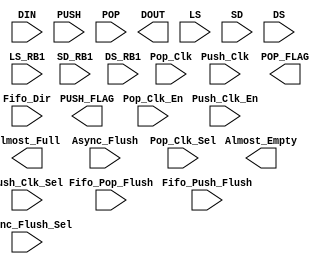
module FIFO(DIN,PUSH,POP,Fifo_Push_Flush,Fifo_Pop_Flush,Push_Clk,Pop_Clk,Push_Clk_En,Pop_Clk_En,PUSH_FLAG, POP_FLAG,Almost_Full,Almost_Empty,DOUT, Fifo_Dir, Async_Flush,Push_Clk_Sel,Pop_Clk_Sel, Async_Flush_Sel, LS, SD, DS, LS_RB1, SD_RB1, DS_RB1);

parameter wr_depth_int = 256,
	  rd_depth_int = 128,
	  wr_width_int = 9,
	  rd_width_int = 18,
	  reg_rd_int   = 0,
	  sync_fifo_int = 1;
	  
output [rd_width_int-1 :0] DOUT;
output [3:0] PUSH_FLAG,POP_FLAG;
output Almost_Full,Almost_Empty;
input PUSH,POP;
input Fifo_Push_Flush,Fifo_Pop_Flush;
input Pop_Clk /* synthesis syn_isclock = 1 */;
input Push_Clk/* synthesis syn_isclock = 1 */; 
input Pop_Clk_En,Push_Clk_En;
input [wr_width_int-1:0] DIN;
input Fifo_Dir, Async_Flush, Async_Flush_Sel;
input Pop_Clk_Sel,Push_Clk_Sel;
input LS, SD, DS, LS_RB1, SD_RB1, DS_RB1;

wire VCC,GND;
wire [1:0] WS1;
wire [1:0] WS2;
wire [10 :0] addr_wr,addr_rd;
wire [35:0] in_reg;
wire reg_rd,sync_fifo;
wire [35:0] out_reg;
wire clk1_sig, clk2_sig, clk1_sig_en, clk2_sig_en, fifo_clk1_flush_sig, fifo_clk2_flush_sig, p1_sig, p2_sig,clk1_sig_sel,clk2_sig_sel;

//parameter depth_level1 = 256;
//parameter depth_level2 = 512;
//parameter depth_level3 = 1024;

parameter depth_level1 = 512;
parameter depth_level2 = 1024;
parameter depth_level3 = 2048;


parameter mod2 =(wr_width_int)%2;
parameter mod4 =(wr_width_int)%4;

parameter zero_36_2= (36-wr_width_int) / 2;
parameter zero_36_2_odd=(36-wr_width_int+1)/2;
parameter zero_18_2_odd= (18-wr_width_int+1)/2;
parameter zero_36_4_1=(36-wr_width_int+1)/4;
parameter zero_36_4_2=(36-wr_width_int+2)/4;
parameter zero_36_4_3=(36-wr_width_int+3)/4;
parameter zero_36_4 = (36- wr_width_int) /4 ;
parameter zero_18_2=(18-wr_width_int)/2;
parameter by_2 = (wr_width_int)/2;
parameter by_4 = (wr_width_int)/4;
parameter by_4_2= (wr_width_int/4)*2;
parameter by_4_3=(wr_width_int/4)*3;
parameter zero_18_2_rg = 18-wr_width_int;
parameter zero_9_2_rg = 9-wr_width_int;
parameter by_2_read= (rd_width_int)/2;
parameter by_4_read = (rd_width_int)/4;
parameter by_4_readx2=(rd_width_int/4)*2;
parameter by_4_readx3=(rd_width_int/4)*3;

assign VCC = 1'b1;
assign GND = 1'b0;
assign reg_rd = reg_rd_int;
assign sync_fifo = sync_fifo_int;

generate
begin
	assign addr_wr=10'b0000000000;
	assign addr_rd=10'b0000000000;
end
endgenerate

assign clk1_sig = Fifo_Dir ? Pop_Clk : Push_Clk;
assign clk2_sig = Fifo_Dir ? Push_Clk : Pop_Clk ;
assign clk1_sig_en = Fifo_Dir ? Pop_Clk_En : Push_Clk_En;
assign clk2_sig_en = Fifo_Dir ? Push_Clk_En : Pop_Clk_En ;
assign clk1_sig_sel =  Push_Clk_Sel;
assign clk2_sig_sel=  Pop_Clk_Sel ;
assign fifo_clk1_flush_sig = Fifo_Dir ? Fifo_Pop_Flush : Fifo_Push_Flush;
assign fifo_clk2_flush_sig = Fifo_Dir ? Fifo_Push_Flush : Fifo_Pop_Flush ;
assign p1_sig = Fifo_Dir ? POP : PUSH;
assign p2_sig = Fifo_Dir ? PUSH : POP ;

generate 
//Generating data
if(wr_width_int == 1)
	begin
	assign in_reg[35:wr_width_int]=0;
	assign in_reg[0]= DIN[0]; 
	end 
else if (wr_width_int ==36 || wr_width_int == 18 || wr_width_int ==9)
	assign in_reg[wr_width_int-1:0]=DIN;
else if(wr_width_int ==35 || (wr_width_int ==17 && wr_depth_int ==depth_level2) ||(wr_width_int==17 && wr_depth_int ==depth_level1 && rd_depth_int != depth_level3) || (wr_width_int==8&&wr_depth_int==depth_level3) || (wr_width_int ==8 && wr_depth_int ==depth_level2 && rd_depth_int != depth_level3))
	begin
	assign in_reg[wr_width_int:wr_width_int]=0;				 
	assign in_reg[wr_width_int-1 :0]=DIN;
	end
else if(wr_width_int == rd_width_int)
begin
	assign in_reg[35:wr_width_int]=0;
	assign in_reg[wr_width_int -1 :0]=DIN;
end
else if(wr_width_int ==34 && rd_depth_int ==depth_level3 ) 
	begin
	assign in_reg[35]=0;
	assign in_reg[26]=0;
	assign in_reg[34:27]=DIN[33:26];
	assign in_reg[25:18]=DIN[25:18];
	assign in_reg[17:0]=DIN[17:0];
	end
else if(wr_width_int ==33 && rd_depth_int ==depth_level3 )
	begin
	assign in_reg[35]=0;
	assign in_reg[26]=0;
	assign in_reg[17]=0;
	assign in_reg[34:27]=DIN[33:26];
	assign in_reg[25:18]=DIN[25:18];
	assign in_reg[16:0]=DIN[17:0];
	end
else if(wr_depth_int == depth_level1)
	begin
		if(rd_depth_int == depth_level2)
		begin
			if(wr_width_int > 18)
			begin
				if(mod2 ==0)
        			begin
				assign in_reg[17 : 18-zero_36_2]=0;
				assign in_reg[35 :  36-zero_36_2]=0  ;            
                        	assign in_reg[18-zero_36_2-1:0]=DIN[by_2-1:0] ;
                        	assign in_reg[36-zero_36_2-1:18]= DIN[wr_width_int-1:by_2];
                        	end
				else
				begin
				assign in_reg[35:36-zero_36_2_odd]=0;
				assign in_reg[17:18-zero_36_2_odd+1]=0;
				assign in_reg[36-zero_36_2_odd-1:18]=DIN[wr_width_int-1:by_2+1];
				assign in_reg[18-zero_36_2_odd:0]=DIN[by_2:0];
				end
			end
			else
				begin
				if(mod2==0)
				begin
				assign in_reg[8:9-zero_18_2]=0;
				assign in_reg[17: 18-zero_18_2]=0;
				assign in_reg[9-zero_18_2-1:0]=DIN[ by_2-1:0];
				assign in_reg[18-zero_18_2:9]=DIN[wr_width_int-1:by_2];
				end
				else
				begin
				assign in_reg[17:18-zero_18_2_odd]=0;
				assign in_reg[8:9-zero_18_2_odd+1]=0;
				assign in_reg[18-zero_18_2_odd-1:9]=DIN[wr_width_int-1:by_2+1];
				assign in_reg[9-zero_18_2_odd:0]=DIN[by_2:0];
				end
			end
			
		end
		else if(rd_depth_int == depth_level3 )
		begin
			if(mod4 == 0)
			begin
			assign in_reg[35:36-zero_36_4] = 0;
			assign in_reg[26:27- zero_36_4]=0;
			assign in_reg[17:18-zero_36_4]=0;
			assign in_reg[8:9-zero_36_4]=0;
			assign in_reg[36-zero_36_4-1:27]=DIN[wr_width_int-1:by_4_3];
			assign in_reg[27-zero_36_4-1:18]= DIN[by_4_3-1:by_4_2];
			assign in_reg[18-zero_36_4-1:9]=DIN[by_4_2-1:by_4];
			assign in_reg[9-zero_36_4-1:0]=DIN[by_4-1:0];
			end
			else if (mod4==1)
			begin
			assign in_reg[35:36-zero_36_4_3]=0;
			assign in_reg[26:27-zero_36_4_3]=0;
			assign in_reg[17:18-zero_36_4_3]=0;
			assign in_reg[8:9-zero_36_4_3+1]=0;
			assign in_reg[36-zero_36_4_3-1:27]=DIN[wr_width_int-1:by_4_3+1];
			assign in_reg[27-zero_36_4_3-1:18]=DIN[by_4_3:by_4_2+1];
			assign in_reg[18-zero_36_4_3-1:9]=DIN[by_4_2:by_4+1];
			assign in_reg[9-zero_36_4_3:0]=DIN[by_4:0];
			end
			else if (mod4==2)
			begin
			assign in_reg[35:36-zero_36_4_2]=0;
			assign in_reg[26:27-zero_36_4_2]=0;
			assign in_reg[17:18-zero_36_4_2+1]=0;
			assign in_reg[8:9-zero_36_4_2+1]=0;
			assign in_reg[36-zero_36_4_2-1:27]=DIN[wr_width_int-1:by_4_3+2];
			assign in_reg[27-zero_36_4_2-1:18]=DIN[by_4_3+1:by_4_2+2];
			assign in_reg[18-zero_36_4_2:9]=DIN[by_4_2+1:by_4+1];
			assign in_reg[9-zero_36_4_2:0]=DIN[by_4:0];
			end
			else if (mod4==3)
			begin
			assign in_reg[35:36-zero_36_4_1-1]=0;
			assign in_reg[26:27-zero_36_4_1]=0;
			assign in_reg[17:18-zero_36_4_1]=0;
			assign in_reg[8:9-zero_36_4_1]=0;
			assign in_reg[36-zero_36_4_1-2:27]=DIN[wr_width_int-1:by_4_3+3];
			assign in_reg[27-zero_36_4_1-1:18]=DIN[by_4_3+2:by_4_2+2];
			assign in_reg[18-zero_36_4_1-1:9]=DIN[by_4_2+1:by_4+1];
			assign in_reg[9-zero_36_4_1-1:0]=DIN[by_4:0];
			end
		end

	end
else if(wr_depth_int == depth_level2)
begin
	if(rd_depth_int == depth_level3)
		begin
		if(mod2==0)
		begin
		assign in_reg[8:9-zero_18_2]=0;
		assign in_reg[17: 18-zero_18_2]=0;
		assign in_reg[9-zero_18_2-1:0]=DIN[ by_2-1:0];
		assign in_reg[18-zero_18_2:9]=DIN[wr_width_int-1:by_2];
		end
		else
		begin
		assign in_reg[17:18-zero_18_2_odd]=0;
		assign in_reg[8:9-zero_18_2_odd+1]=0;
		assign in_reg[18-zero_18_2_odd-1:9]=DIN[wr_width_int-1:by_2+1];
		assign in_reg[9-zero_18_2_odd:0]=DIN[by_2:0];
		end
	end
	else
	begin
	assign in_reg[35:wr_width_int]=0;
	assign in_reg[wr_width_int-1:0]=DIN;
	end
	
end
else
		
	begin 

	assign in_reg[35:wr_width_int]=0;
	assign in_reg[wr_width_int-1:0]=DIN;	
	end	
if(rd_depth_int == depth_level3 && wr_depth_int == depth_level1)
	assign WS1 =2'b10;
else if(rd_depth_int == depth_level3 && wr_depth_int == depth_level2)
	assign WS1=2'b01;
else if(wr_depth_int == depth_level1 && wr_width_int <=9)
	assign WS1=2'b01;
else if(wr_width_int <=9)
	assign WS1 = 2'b00;
else if(wr_width_int >9 && wr_width_int <=18)
	assign WS1 = 2'b01;
else if(wr_width_int > 18)
	assign WS1 = 2'b10;


if(wr_depth_int == depth_level3 && rd_depth_int == depth_level1)
	assign WS2 = 2'b10;
else if(wr_depth_int == depth_level3  && rd_depth_int == depth_level2)
	assign WS2 = 2'b01;
else if(rd_depth_int == depth_level1 && rd_width_int <=9)
	assign WS2 = 2'b01;
else if(rd_width_int <= 9)
	assign WS2 = 2'b00;
else if((rd_width_int >9) && (rd_width_int <= 18))
	assign WS2 = 2'b01;
else if(rd_width_int >18)
	assign WS2 = 2'b10;

if(((wr_width_int <=18 && wr_depth_int ==depth_level1) ||(wr_width_int <=9 && wr_depth_int==depth_level2)) && rd_depth_int !=depth_level3)


	ram8k_2x1_cell_macro U1 (.A1_0(addr_wr) , 
				 .A1_1(addr_wr), 
				 .A2_0(addr_rd), 
				 .A2_1(addr_rd), 
				 .ASYNC_FLUSH_0(Async_Flush), 
				 .ASYNC_FLUSH_1(GND),
				 .ASYNC_FLUSH_S0(Async_Flush_Sel), 
				 .ASYNC_FLUSH_S1(GND), 
				 .CLK1_0(clk1_sig), 
				 .CLK1_1(GND), 
				 .CLK1EN_0(clk1_sig_en), 
				 .CLK1EN_1(GND), 
				 .CLK2_0(clk2_sig),
				 .CLK2_1(GND), 
				 .CLK1S_0(clk1_sig_sel), 
				 .CLK1S_1(VCC), 
				 .CLK2S_0(clk2_sig_sel),
				 .CLK2S_1(VCC),
				 .CLK2EN_0(clk2_sig_en), 
				 .CLK2EN_1(GND), 
     			 .CONCAT_EN_0(GND),
				 .CONCAT_EN_1(GND), 
				 .CS1_0(fifo_clk1_flush_sig), 
				 .CS1_1(GND), 
				 .CS2_0(fifo_clk2_flush_sig), 
				 .CS2_1(GND), 
				 .DIR_0(Fifo_Dir),
				 .DIR_1(GND), 
				 .FIFO_EN_0(VCC), 
				 .FIFO_EN_1(GND), 
				 .P1_0(p1_sig), 
				 .P1_1(GND), 
				 .P2_0(p2_sig),
				 .P2_1(GND), 
				 .PIPELINE_RD_0(reg_rd), 
				 .PIPELINE_RD_1(GND), 
				 .SYNC_FIFO_0(sync_fifo),
				 .SYNC_FIFO_1(GND), 
				 .WD_1(in_reg[35:18]), 
				 .WD_0(in_reg[17:0]), 
				 .WIDTH_SELECT1_0(WS1), 
				 .WIDTH_SELECT1_1({GND,GND}), 
				 .WIDTH_SELECT2_0(WS2),
				 .WIDTH_SELECT2_1({GND,GND}), 
				  // PP-II doesn't use this signal
				 .WEN1_0({GND,GND}), 
				 .WEN1_1({GND,GND}), 
				 .Almost_Empty_0(Almost_Empty),
				 .Almost_Empty_1(), 
				 .Almost_Full_0(Almost_Full), 
				 .Almost_Full_1(),
				 .POP_FLAG_0(POP_FLAG), 
				 .POP_FLAG_1(), 
				 .PUSH_FLAG_0(PUSH_FLAG), 
				 .PUSH_FLAG_1(),
				 .RD_0(out_reg[17:0]), 
				 .RD_1(out_reg[35:18]),
				 .SD(SD),
				 .SD_RB1(SD_RB1),
				 .LS(LS),
				 .LS_RB1(LS_RB1),
				 .DS(DS),
				 .DS_RB1(DS_RB1),
				 .TEST1A(GND),
				 .TEST1B(GND),
				 .RMA(4'd0),
				 .RMB(4'd0),
				 .RMEA(GND),
				 .RMEB(GND));				
	

if((wr_width_int >18 && wr_depth_int ==depth_level1) || (wr_width_int > 9 && wr_depth_int==depth_level2) || wr_depth_int >depth_level2 || rd_depth_int == depth_level3)
	
	
	ram8k_2x1_cell_macro U2 (.A1_0(addr_wr) , 
				 .A1_1(addr_wr), 
				 .A2_0(addr_rd), 
				 .A2_1(addr_rd), 
				 .ASYNC_FLUSH_0(Async_Flush), 
				 //todo: should it be same as Async_Flush
				 //or GND ?
				 .ASYNC_FLUSH_1(GND),
				 .ASYNC_FLUSH_S0(Async_Flush_Sel), 
				 .ASYNC_FLUSH_S1(Async_Flush_Sel),
				 .CLK1_0(clk1_sig), 
				 .CLK1_1(clk1_sig), 
				 .CLK1EN_0(clk1_sig_en), 
				 .CLK1EN_1(clk1_sig_en), 
				 .CLK2_0(clk2_sig),
				 .CLK2_1(clk2_sig), 
				 .CLK1S_0(clk1_sig_sel), 
				 .CLK1S_1(clk1_sig_sel), 
				 .CLK2S_0(clk2_sig_sel),
				 .CLK2S_1(clk2_sig_sel),
				 .CLK2EN_0(clk2_sig_en), 
				 .CLK2EN_1(clk2_sig_en), 
				 .CONCAT_EN_0(VCC),
				 .CONCAT_EN_1(GND), 
				 .CS1_0(fifo_clk1_flush_sig), 
				 .CS1_1(GND), 
				 .CS2_0(fifo_clk2_flush_sig), 
				 .CS2_1(GND), 
				 .DIR_0(Fifo_Dir),
				 //todo: should it be same as Fifo_Dir or
				 //GND ?
				 .DIR_1(GND), 
				 .FIFO_EN_0(VCC), 
				 .FIFO_EN_1(GND), 
				 .P1_0(p1_sig), 
				 .P1_1(GND), 
				 .P2_0(p2_sig),
				 .P2_1(GND), 
				 .PIPELINE_RD_0(reg_rd), 
				 .PIPELINE_RD_1(GND), 
				 .SYNC_FIFO_0(sync_fifo),
				 .SYNC_FIFO_1(GND), 
				 .WD_1(in_reg[35:18]), 
				 .WD_0(in_reg[17:0]), 
				 .WIDTH_SELECT1_0(WS1), 
				 .WIDTH_SELECT1_1({GND,GND}), 
				 .WIDTH_SELECT2_0(WS2),
				 .WIDTH_SELECT2_1({GND,GND}), 
				  // PP-II doesn't use this signal
				 .WEN1_0({GND,GND}), 
				 .WEN1_1({GND,GND}), 
				 .Almost_Empty_0(Almost_Empty),
				 .Almost_Empty_1(), 
				 .Almost_Full_0(Almost_Full), 
				 .Almost_Full_1(),
				 .POP_FLAG_0(POP_FLAG), 
				 .POP_FLAG_1(), 
				 .PUSH_FLAG_0(PUSH_FLAG), 
				 .PUSH_FLAG_1(),
				 .RD_0(out_reg[17:0]), 
				 .RD_1(out_reg[35:18]),
				 .SD(SD),
				 .SD_RB1(SD_RB1),
				 .LS(LS),
				 .LS_RB1(LS_RB1),
				 .DS(DS),
				 .DS_RB1(DS_RB1),
				 .TEST1A(GND),
				 .TEST1B(GND),
				 .RMA(4'd0),
				 .RMB(4'd0),
				 .RMEA(GND),
				 .RMEB(GND));				 
	
endgenerate

generate

if(wr_width_int == rd_width_int)
assign DOUT[rd_width_int -1 :0]= out_reg[rd_width_int -1 :0];
else if(wr_depth_int == depth_level2 && wr_width_int > 9)
begin
	if(rd_width_int >18)
	begin
		assign DOUT[rd_width_int -1: by_2_read]=out_reg[35- zero_18_2_rg:18];
		assign DOUT[by_2_read-1 : 0]= out_reg[17-zero_18_2_rg: 0];
        end
	else if(rd_width_int <=9)
		assign DOUT[rd_width_int - 1:0]=out_reg[rd_width_int-1:0];
	else 
	begin
		assign DOUT[rd_width_int -1 : by_2_read] = out_reg[17-zero_9_2_rg:9];
		assign DOUT[by_2_read-1:0]=out_reg[8-zero_9_2_rg:0];	
	end
end	
else if(wr_depth_int ==depth_level2 && wr_width_int <=9 )
	begin
		assign DOUT[rd_width_int -1 : by_2_read] = out_reg[17-zero_9_2_rg:9];
		assign DOUT[by_2_read-1:0]=out_reg[8-zero_9_2_rg:0];	
	end

else if(wr_depth_int == depth_level3) 
begin
	if(rd_depth_int == depth_level1)
	begin
		assign DOUT[rd_width_int -1 :by_4_readx3 ]= out_reg[35-zero_9_2_rg:27];
		assign DOUT[by_4_readx3-1: by_4_readx2]=out_reg[26-zero_9_2_rg:18];
		assign DOUT[by_4_readx2-1: by_4_read]=out_reg[17-zero_9_2_rg:9];
		assign DOUT[by_4_read-1: 0]=out_reg[8-zero_9_2_rg:0];
	end	
	else
		begin
		assign DOUT[rd_width_int -1 : by_2_read] = out_reg[17-zero_9_2_rg:9];
		assign DOUT[by_2_read-1:0]=out_reg[8-zero_9_2_rg:0];	
		end
end
else                  
assign DOUT[rd_width_int-1:0] = out_reg[rd_width_int-1:0];
endgenerate



endmodule
module ram8k_2x1_cell_macro( A1_0 , A1_1, A2_0, A2_1, ASYNC_FLUSH_0, ASYNC_FLUSH_1, ASYNC_FLUSH_S0, ASYNC_FLUSH_S1,
                             CLK1_0, CLK1_1, CLK1EN_0, CLK1EN_1, CLK2_0,CLK1S_0,CLK1S_1,CLK2S_0,CLK2S_1,
                             CLK2_1, CLK2EN_0, CLK2EN_1, CONCAT_EN_0,
                             CONCAT_EN_1, CS1_0, CS1_1, CS2_0, CS2_1, DIR_0,
                             DIR_1, FIFO_EN_0, FIFO_EN_1, P1_0, P1_1, P2_0,
                             P2_1, PIPELINE_RD_0, PIPELINE_RD_1, SYNC_FIFO_0,
                             SYNC_FIFO_1, WD_1, WD_0, WIDTH_SELECT1_0, WIDTH_SELECT1_1, WIDTH_SELECT2_0,
                             WIDTH_SELECT2_1, WEN1_0, WEN1_1, Almost_Empty_0,
                             Almost_Empty_1, Almost_Full_0, Almost_Full_1,
                             POP_FLAG_0, POP_FLAG_1, PUSH_FLAG_0, PUSH_FLAG_1,
                             RD_0, RD_1,SD,DS,LS,SD_RB1,LS_RB1,DS_RB1,RMEA,RMEB,RMA,RMB,TEST1A,TEST1B)  /* synthesis black_box */;
input [10:0] A1_0;
input [10:0] A1_1;
input [10:0] A2_0;
input [10:0] A2_1;
output Almost_Empty_0, Almost_Empty_1, Almost_Full_0, Almost_Full_1;
input ASYNC_FLUSH_0, ASYNC_FLUSH_1,ASYNC_FLUSH_S0, ASYNC_FLUSH_S1;
input CLK1_0 /* synthesis syn_isclock=1 */;
input CLK1_1 /* synthesis syn_isclock=1 */;
input CLK1EN_0, CLK1EN_1,CLK1S_0,CLK1S_1,CLK2S_0,CLK2S_1;
input CLK2_0 /* synthesis syn_isclock=1 */;
input CLK2_1 /* synthesis syn_isclock=1 */;
input CLK2EN_0, CLK2EN_1, CONCAT_EN_0, CONCAT_EN_1, CS1_0, CS1_1, CS2_0,
CS2_1, DIR_0, DIR_1, FIFO_EN_0, FIFO_EN_1, P1_0, P1_1, P2_0, P2_1,
PIPELINE_RD_0, PIPELINE_RD_1;
output [3:0] POP_FLAG_0;
output [3:0] POP_FLAG_1;
output [3:0] PUSH_FLAG_0;
output [3:0] PUSH_FLAG_1;
output [17:0] RD_0;
output [17:0] RD_1;
input SYNC_FIFO_0, SYNC_FIFO_1;
input [17:0] WD_1;
input [17:0] WD_0;
input [1:0] WIDTH_SELECT1_0;
input [1:0] WIDTH_SELECT1_1;
input [1:0] WIDTH_SELECT2_0;
input [1:0] WIDTH_SELECT2_1;
input [1:0] WEN1_0;
input [1:0] WEN1_1;
input SD,DS,LS,SD_RB1,LS_RB1,DS_RB1,RMEA,RMEB,TEST1A,TEST1B;
input [3:0] RMA;
input [3:0] RMB;

supply0 GND;

ram8k_2x1_cell I1 ( .A1_0({ GND,A1_0[9:0] }), .A1_1({ GND,A1_1[9:0] }),
                 .A2_0({ GND,A2_0[9:0] }), .A2_1({ GND,A2_1[9:0] }),
                 .Almost_Empty_0(Almost_Empty_0),
                 .Almost_Empty_1(Almost_Empty_1),
                 .Almost_Full_0(Almost_Full_0),
                 .Almost_Full_1(Almost_Full_1),
                 .ASYNC_FLUSH_0(ASYNC_FLUSH_0),.ASYNC_FLUSH_S0(ASYNC_FLUSH_S0),
                 .ASYNC_FLUSH_1(ASYNC_FLUSH_1),.ASYNC_FLUSH_S1(ASYNC_FLUSH_S1), .CLK1_0(CLK1_0),
                 .CLK1_1(CLK1_1), .CLK1EN_0(CLK1EN_0), .CLK1EN_1(CLK1EN_1),
				 .CLK1S_0(CLK1S_0),.CLK1S_1(CLK1S_1),.CLK2S_0(CLK2S_0),.CLK2S_1(CLK2S_1),
                 .CLK2_0(CLK2_0), .CLK2_1(CLK2_1), .CLK2EN_0(CLK2EN_0),
                 .CLK2EN_1(CLK2EN_1), .CONCAT_EN_0(CONCAT_EN_0),
				 .CONCAT_EN_1(CONCAT_EN_1), .CS1_0(CS1_0), .CS1_1(CS1_1),
                 .CS2_0(CS2_0), .CS2_1(CS2_1), .DIR_0(DIR_0), .DIR_1(DIR_1),
                 .FIFO_EN_0(FIFO_EN_0), .FIFO_EN_1(FIFO_EN_1), .P1_0(P1_0),
                 .P1_1(P1_1), .P2_0(P2_0), .P2_1(P2_1),
                 .PIPELINE_RD_0(PIPELINE_RD_0),
                 .PIPELINE_RD_1(PIPELINE_RD_1),
                 .POP_FLAG_0({ POP_FLAG_0[3:0] }),
                 .POP_FLAG_1({ POP_FLAG_1[3:0] }),
                 .PUSH_FLAG_0({ PUSH_FLAG_0[3:0] }),
                 .PUSH_FLAG_1({ PUSH_FLAG_1[3:0] }), .RD_0({ RD_0[17:0] }),
                 .RD_1({ RD_1[17:0] }), .SYNC_FIFO_0(SYNC_FIFO_0),
                 .SYNC_FIFO_1(SYNC_FIFO_1), .WD_0({ WD_0[17:0] }),
                 .WD_1({ WD_1[17:0] }), .WEN1_0({ WEN1_0[1:0] }),
                 .WEN1_1({ WEN1_1[1:0] }), .WIDTH_SELECT1_0({ WIDTH_SELECT1_0[1:0] }),
                 .WIDTH_SELECT1_1({ WIDTH_SELECT1_1[1:0] }),
                 .WIDTH_SELECT2_0({ WIDTH_SELECT2_0[1:0] }),
                 .WIDTH_SELECT2_1({ WIDTH_SELECT2_1[1:0] }) );

endmodule